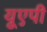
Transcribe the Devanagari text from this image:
यूएपी